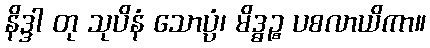
နိဒ္ဒါ တု သုပိနံ သောပ္ပံ၊ မိဒ္ဓဉ္စ ပစလာယိကာ။